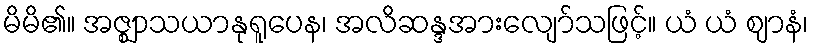
မိမိ၏။ အဇ္ဈာသယာနုရူပေန၊ အလိဆန္ဒအားလျော်သဖြင့်။ ယံ ယံ ဈာနံ၊